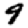
Digit: 9